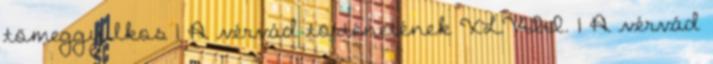
tömeggyilkos 1 A vérvád történetének XLVII. 1 A vérvád